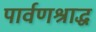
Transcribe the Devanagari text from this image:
पार्वणश्राद्ध